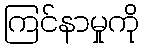
ကြင်နာမှုကို